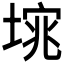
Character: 𭏆